画像に写った文字を読んでください
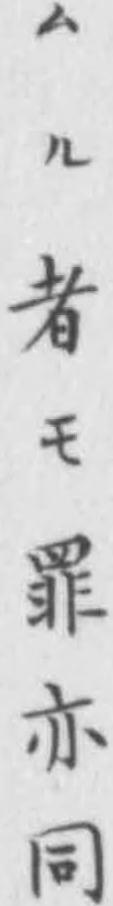
「ムル者モ罪亦同」と書いてあります